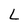
Character: L